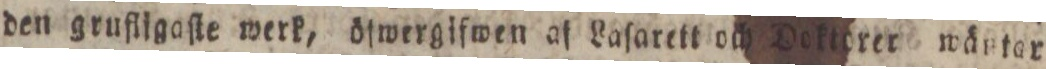
den grufligaſte werk, öfwergifwen af Laſarett och Dokterer wärtar